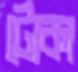
ট্যেকা